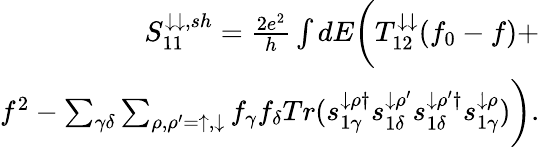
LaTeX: \begin{array}{r}{{S_{11}^{\downarrow\downarrow,sh}=\frac{2e^{2}}{h}\int dE\bigg(T_{12}^{\downarrow\downarrow}(f_{0}-f)+}}\\ {{f^{2}-\sum_{\gamma\delta}\sum_{\rho,\rho^{\prime}=\uparrow,\downarrow}f_{\gamma}f_{\delta}Tr(s_{1\gamma}^{\downarrow\rho\dagger}s_{1\delta}^{\downarrow\rho^{\prime}}s_{1\delta}^{\downarrow\rho^{\prime}\dagger}s_{1\gamma}^{\downarrow\rho})\bigg).}}\end{array}